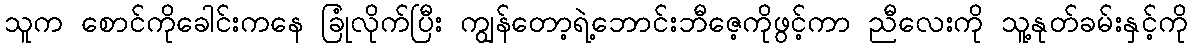
သူက စောင်ကိုခေါင်းကနေ ခြုံလိုက်ပြီး ကျွန်တော့ရဲ့ဘောင်းဘီဇေ့ကိုဖွင့်ကာ ညီလေးကို သူ့နုတ်ခမ်းနှင့်ကို